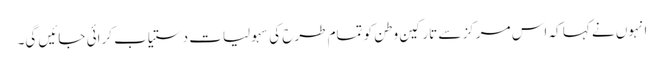
انہوں نے کہا کہ اس مرکز سے تارکین وطن کو تمام طرح کی سہولیات دستیاب کرائی جائیں گی۔